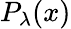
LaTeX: P_{\lambda}(x)